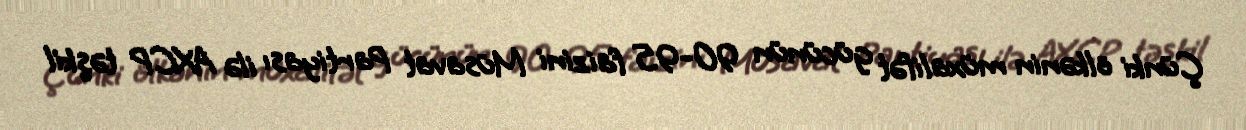
Çünki ölkənin müxalifət gücünün 90-95 faizini Müsavat Partiyası ilə AXCP təşkil